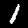
Label: 1